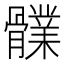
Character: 𩪤